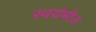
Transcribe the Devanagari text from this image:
स्वयंभोज